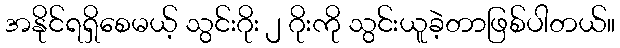
အနိုင်ရရှိစေမယ့် သွင်းဂိုး ၂ ဂိုးကို သွင်းယူခဲ့တာဖြစ်ပါတယ်။